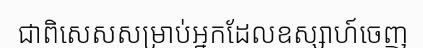
ជាពិសេសសម្រាប់អ្នកដែលឧស្សាហ៍ចេញ